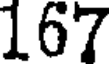
167